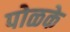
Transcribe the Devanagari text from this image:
पोळके